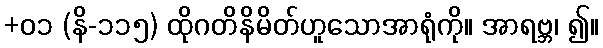
+၀၁ (နိ-၁၁၅) ထိုဂတိနိမိတ်ဟူသောအာရုံကို။ အာရဗ္ဘ၊ ၍။